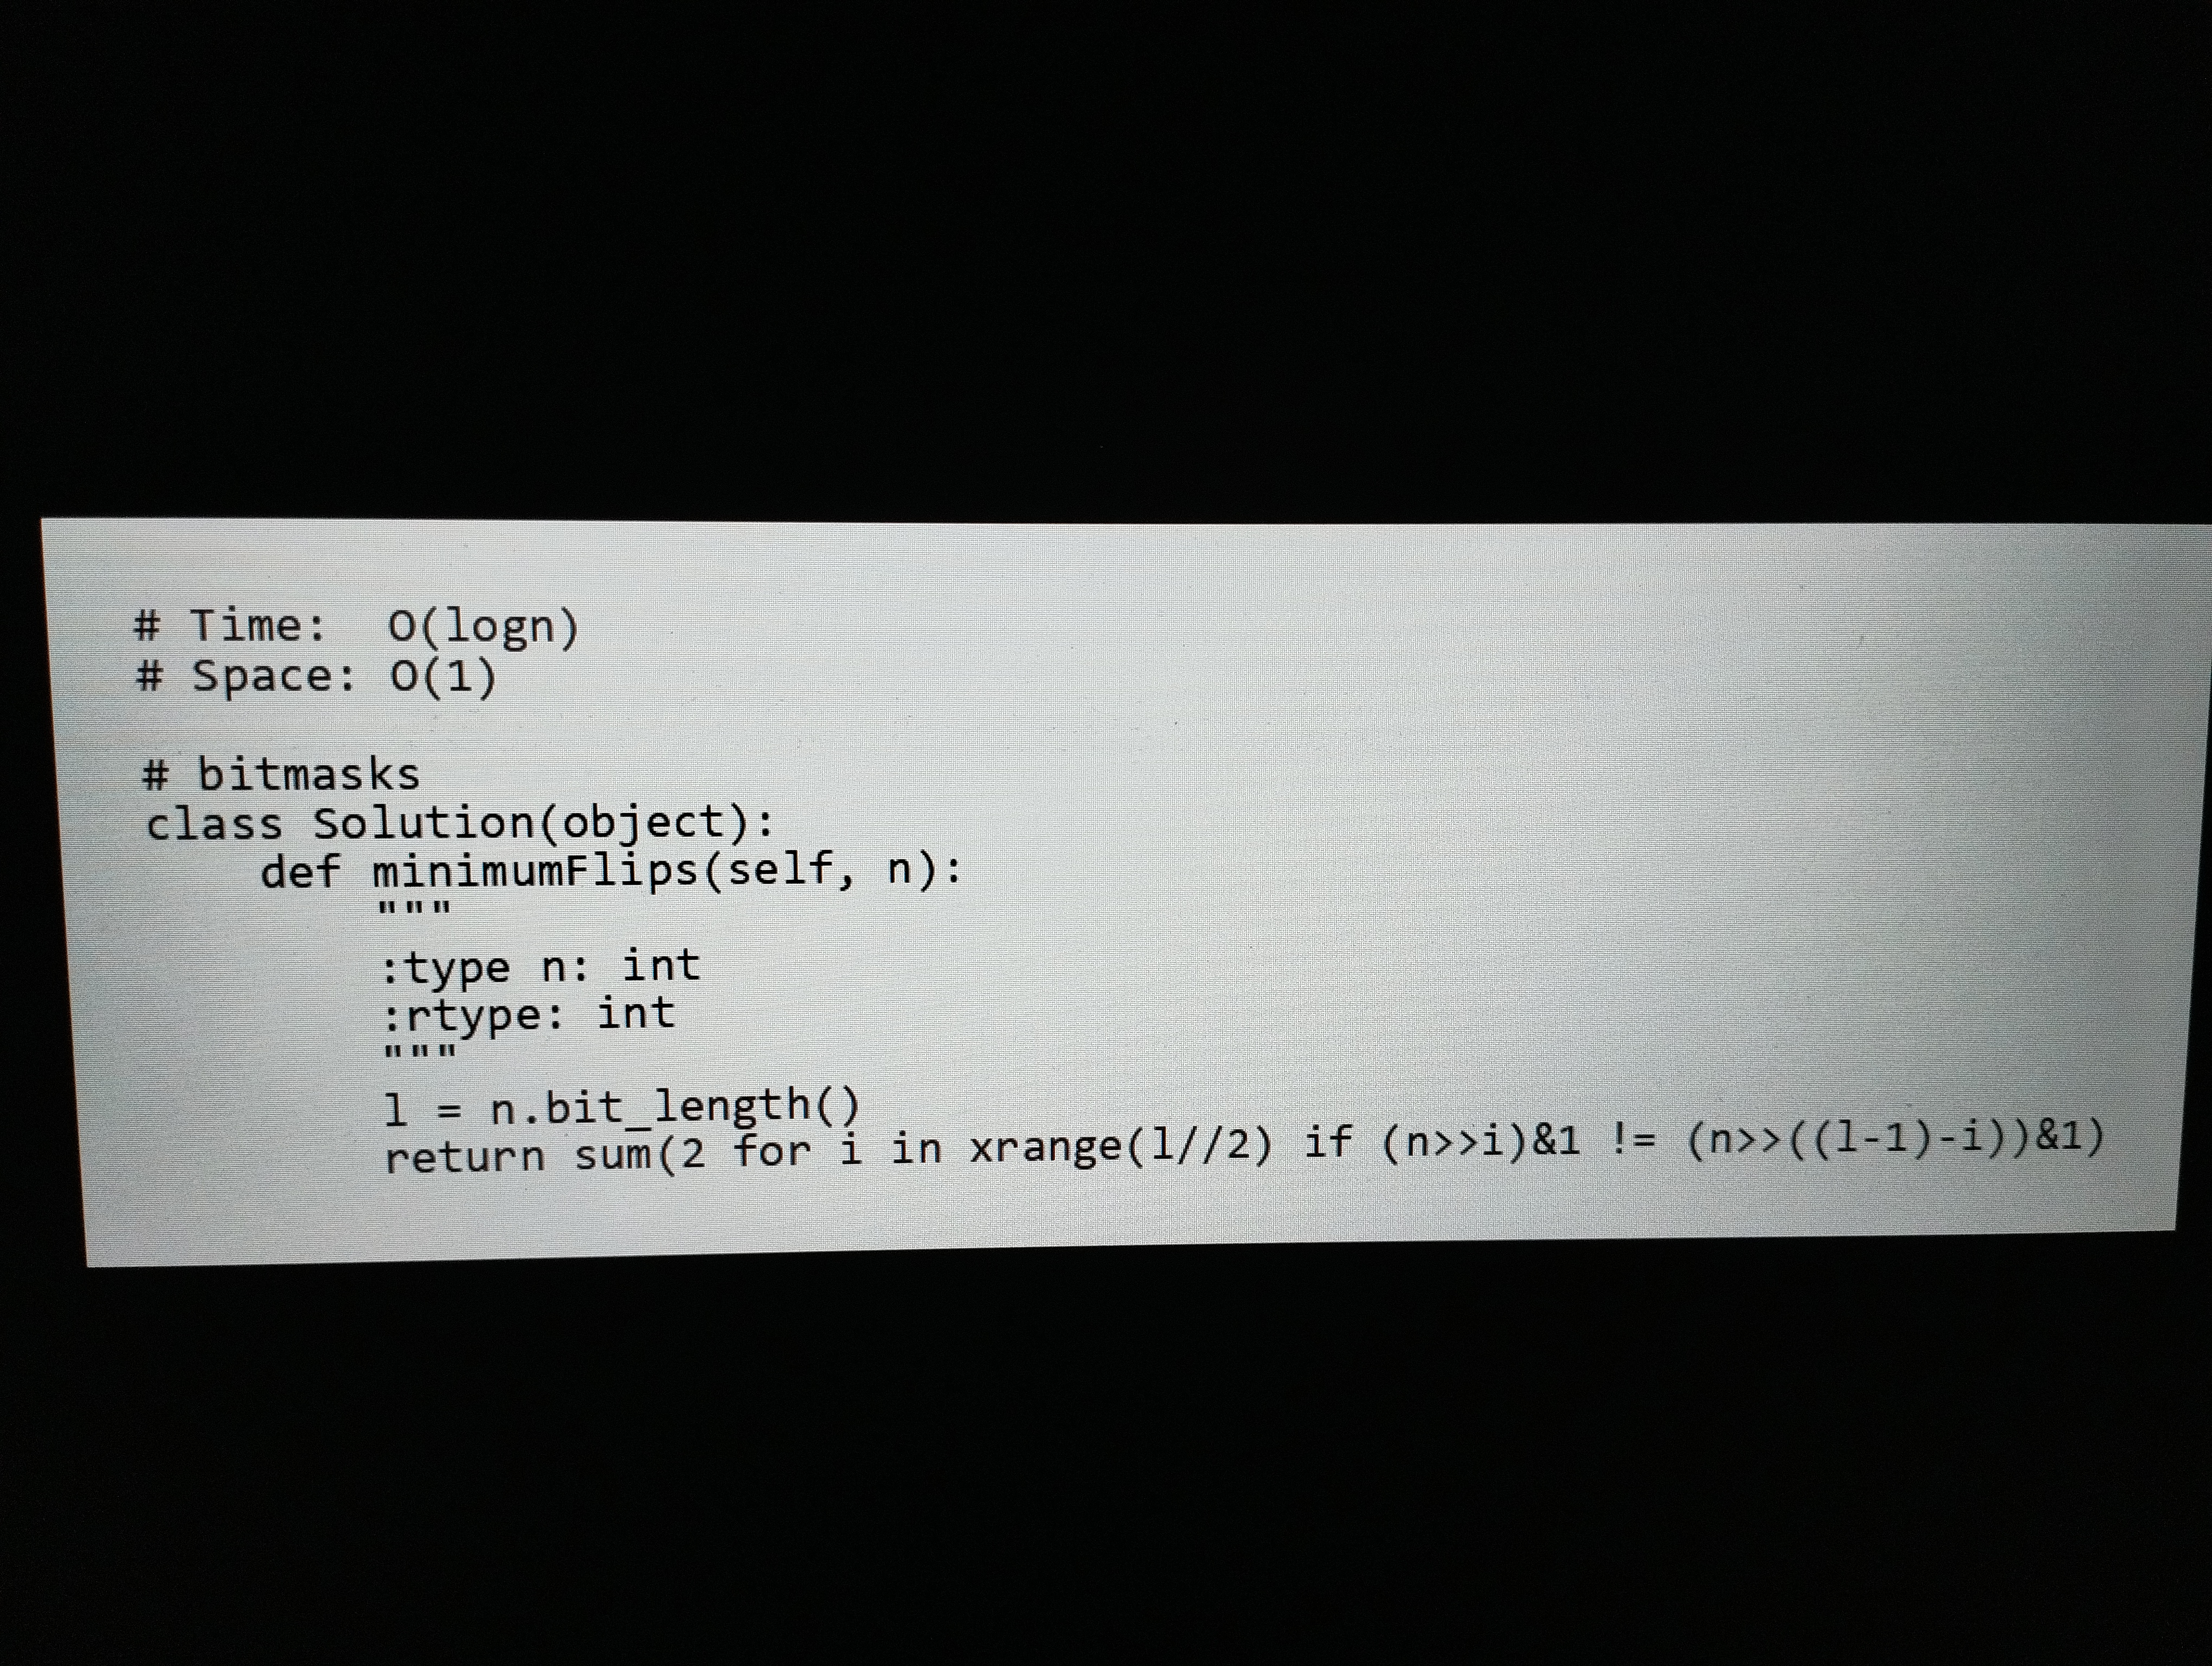
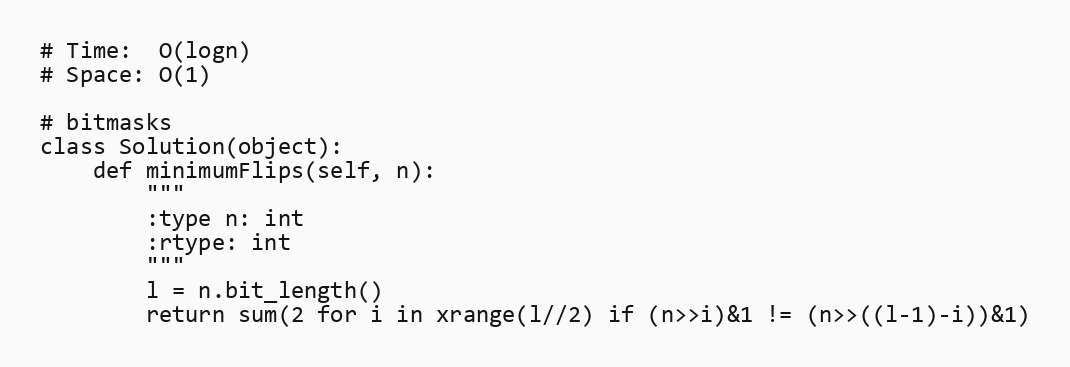
# Time:  O(logn)
# Space: O(1)

# bitmasks
class Solution(object):
    def minimumFlips(self, n):
        """
        :type n: int
        :rtype: int
        """
        l = n.bit_length()
        return sum(2 for i in xrange(l//2) if (n>>i)&1 != (n>>((l-1)-i))&1)